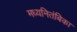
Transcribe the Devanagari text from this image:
मध्यनितंबिका